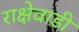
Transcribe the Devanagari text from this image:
राक्षेवाडी